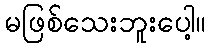
မဖြစ်သေးဘူးပေါ့။